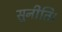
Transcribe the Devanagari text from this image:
सुनीति।